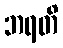
ဘရတိ